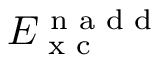
E _ { \textrm { x c } } ^ { \textrm { n a d d } }